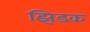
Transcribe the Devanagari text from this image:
झिडक